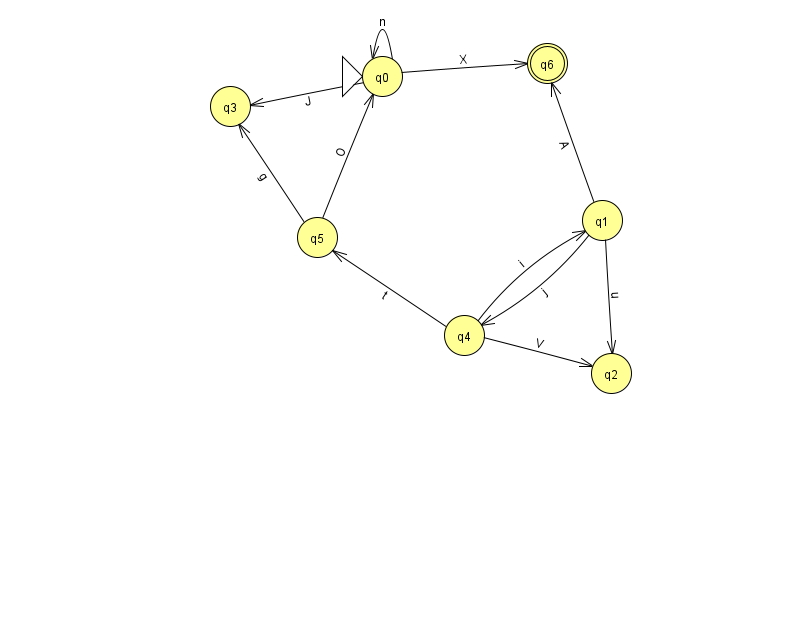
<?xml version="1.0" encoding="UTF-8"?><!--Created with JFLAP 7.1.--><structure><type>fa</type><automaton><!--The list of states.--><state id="0" name="q0"><x>382.0</x><y>63.0</y><initial/></state><state id="1" name="q1"><x>602.0</x><y>207.0</y></state><state id="2" name="q2"><x>611.0</x><y>360.0</y></state><state id="3" name="q3"><x>230.0</x><y>93.0</y></state><state id="4" name="q4"><x>464.0</x><y>322.0</y></state><state id="5" name="q5"><x>317.0</x><y>224.0</y></state><state id="6" name="q6"><x>547.0</x><y>50.0</y><final/></state><!--The list of transitions.--><transition><from>1</from><to>6</to><read>A</read></transition><transition><from>0</from><to>3</to><read>J</read></transition><transition><from>4</from><to>5</to><read>t</read></transition><transition><from>5</from><to>0</to><read>O</read></transition><transition><from>1</from><to>4</to><read>j</read></transition><transition><from>4</from><to>1</to><read>i</read></transition><transition><from>0</from><to>6</to><read>X</read></transition><transition><from>1</from><to>2</to><read>u</read></transition><transition><from>4</from><to>2</to><read>V</read></transition><transition><from>5</from><to>3</to><read>g</read></transition><transition><from>0</from><to>0</to><read>n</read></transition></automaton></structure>